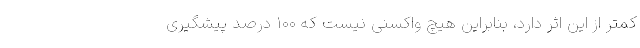
کمتر از این اثر دارد، بنابراین هیچ واکسنی نیست که ۱۰۰ درصد پیشگیری